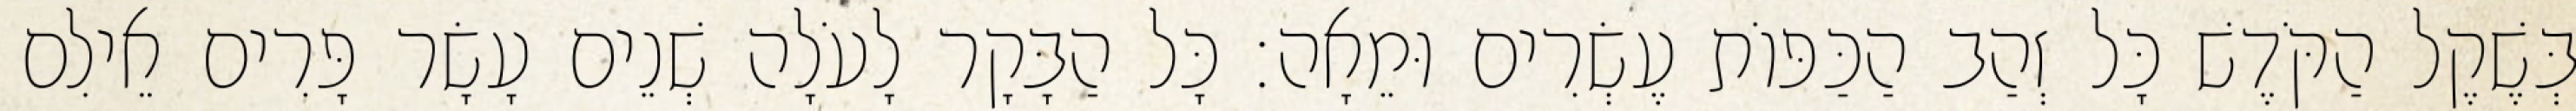
בְּשֶׁקֶל הַקֹּדֶשׁ כָּל זְהַב הַכַּפּוֹת עֶשְׂרִים וּמֵאָה׃ כָּל הַבָּקָר לָעֹלָה שְׁנֵים עָשָׂר פָּרִים אֵילִם